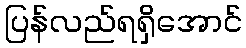
ပြန်လည်ရရှိအောင်